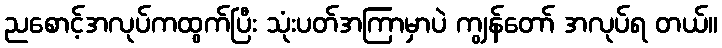
ညစောင့်အလုပ်ကထွက်ပြီး သုံးပတ်အကြာမှာပဲ ကျွန်တော် အလုပ်ရ တယ်။